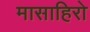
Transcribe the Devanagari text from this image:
मासाहिरो